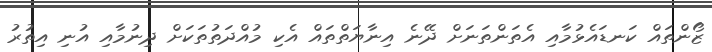
ޒޯންތައް ކަނޑައެޅުމާއި އެތަންތަނަށް ދޭނެ އިނާޔަތްތައް އެކި މުއްދަތުތަކަށް ދިނުމާއި އުނި އިތުރު